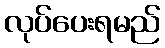
လုပ်ပေးရမည်